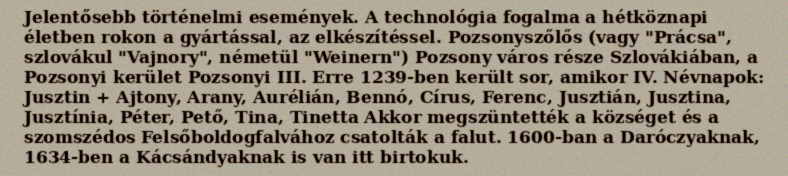
Jelentősebb történelmi események. A technológia fogalma a hétköznapi életben rokon a gyártással, az elkészítéssel. Pozsonyszőlős (vagy "Prácsa", szlovákul "Vajnory", németül "Weinern") Pozsony város része Szlovákiában, a Pozsonyi kerület Pozsonyi III. Erre 1239-ben került sor, amikor IV. Névnapok: Jusztin + Ajtony, Arany, Aurélián, Bennó, Círus, Ferenc, Jusztián, Jusztina, Jusztínia, Péter, Pető, Tina, Tinetta Akkor megszüntették a községet és a szomszédos Felsőboldogfalvához csatolták a falut. 1600-ban a Daróczyaknak, 1634-ben a Kácsándyaknak is van itt birtokuk.